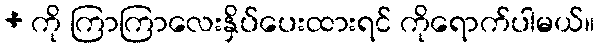
+ ကို ကြာကြာလေးနှိပ်ပေးထားရင် ကိုရောက်ပါမယ်။